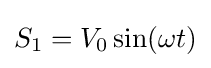
S_{1}=V_{0}\sin(\omega t)